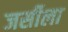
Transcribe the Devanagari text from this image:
जर्सीला